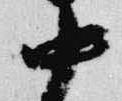
中